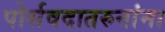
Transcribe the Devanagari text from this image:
पोर्सवदातरुनांना